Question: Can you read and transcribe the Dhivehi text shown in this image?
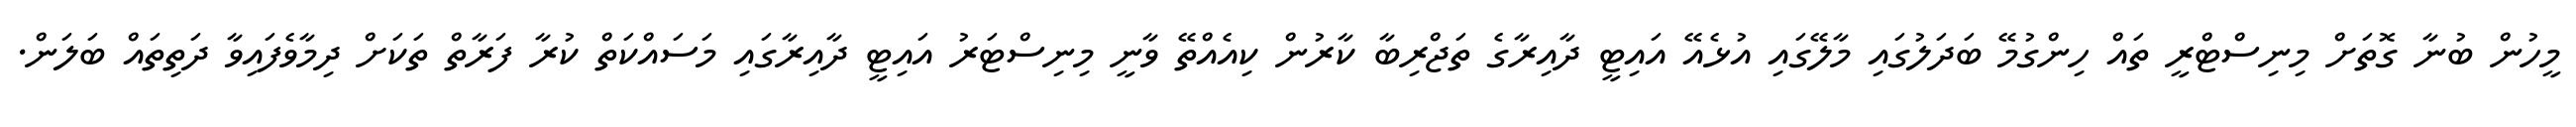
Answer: މީހުން ބުނާ ގޮތަށް މިނިސްޓްރީ ތައް ހިންގުމޭ ބަދަލުގައި މާލޭގައި އުޅެއޭ އައިޓީ ދާއިރާގެ ތަޖްރިބާ ކާރުން ކިއެއްތޭ ވާނީ މިނިސްޓަރު އައިޓީ ދާއިރާގައި މަސައްކަތް ކުރާ ފަރާތް ތަކަށް ދިމާވެފައިވާ ދަތިތައް ބަލަން.